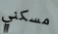
مسكني